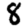
Digit: 8